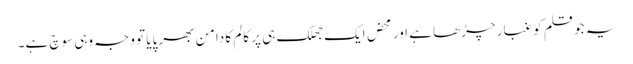
یہ جو قلم کو غبار چڑھا ہے اور محض ایک جھلک ہی پر کالم کا دامن بھر پایا تو وجہ وہی سوچ ہے۔